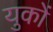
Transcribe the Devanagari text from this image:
युकों